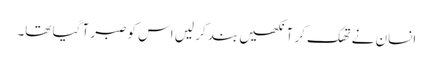
انسان نے تھک کر آنکھیں بند کر لیں اس کو صبر آ گیا تھا۔